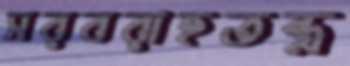
সরবরাহতন্ত্র